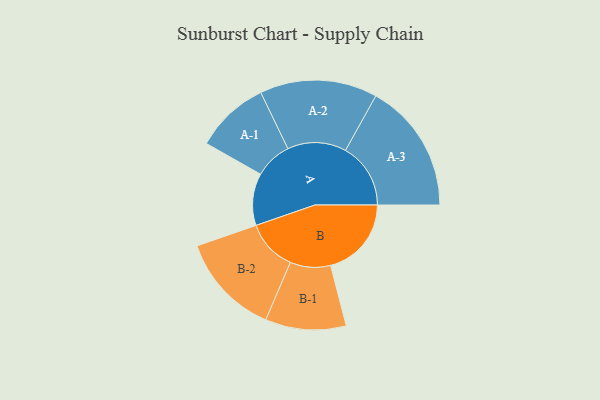
{"axis": {"x": "Segment", "y": "Value"}, "legend": ["", "A", "B"], "data": [{"x": "A", "y": 210, "type": ""}, {"x": "B", "y": 326, "type": ""}, {"x": "A-1", "y": 150, "type": "A"}, {"x": "A-2", "y": 237, "type": "A"}, {"x": "A-3", "y": 263, "type": "A"}, {"x": "B-1", "y": 163, "type": "B"}, {"x": "B-2", "y": 206, "type": "B"}]}